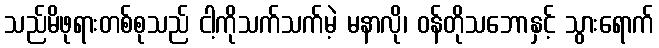
သည်မိဖုရားတစ်စုသည် ငါ့ကိုသက်သက်မဲ့ မနာလို၊ ဝန်တိုသဘောနှင့် သွားရောက်